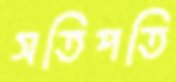
সতিপতি